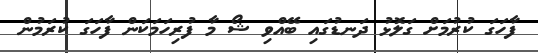
ފާހަގަ ކުރުމަށް ގަލޮޅު ދަނޑުގައި ބޭއްވި ޝޯ މާ ފުރިހަމަކަން ފާހަގަ ކުރަމުން